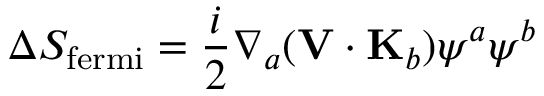
\Delta S _ { \mathrm { f e r m i } } = \frac { i } { 2 } \nabla _ { a } ( { \bf V } \cdot { \bf K } _ { b } ) \psi ^ { a } \psi ^ { b }